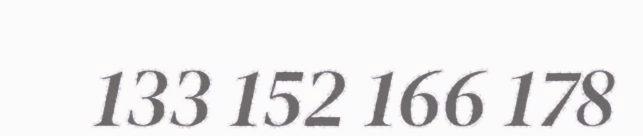
133 152 166 178